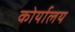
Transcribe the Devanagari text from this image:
कोर्यालय